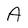
Character: A